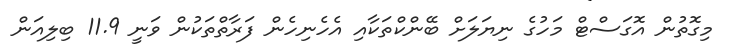
މިގޮތުން އޮގަސްޓް މަހުގެ ނިޔަލަށް ބޭންކްތަކާއި އެހެނިހެން ފަރާތްތަކުން ވަނީ 11.9 ބިލިއަން